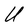
Character: U